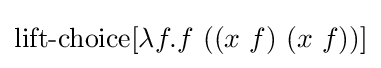
\operatorname {lift-choice} [\lambda f.f\ ((x\ f)\ (x\ f))]